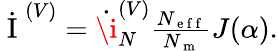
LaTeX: \begin{array}{r}{\dot{\mathrm{~I~}}^{(V)}=\dot{\i}_{N}^{(V)}\frac{N_{\mathrm{~e~f~f~}}}{N_{\mathrm{~m~}}}J(\alpha).}\end{array}